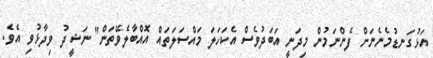
އަޅުގަނޑުމެނެނަށް ފެންނަމުން މިދަނީ އަބަދުވެސް އެކަހަލަ މައްސަލަތައް އޮއްބާލެވޭތަން" ނަޝީދު ވިދާޅުވި އެވެ.